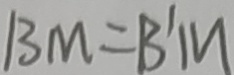
B M = B ^ { \prime } M